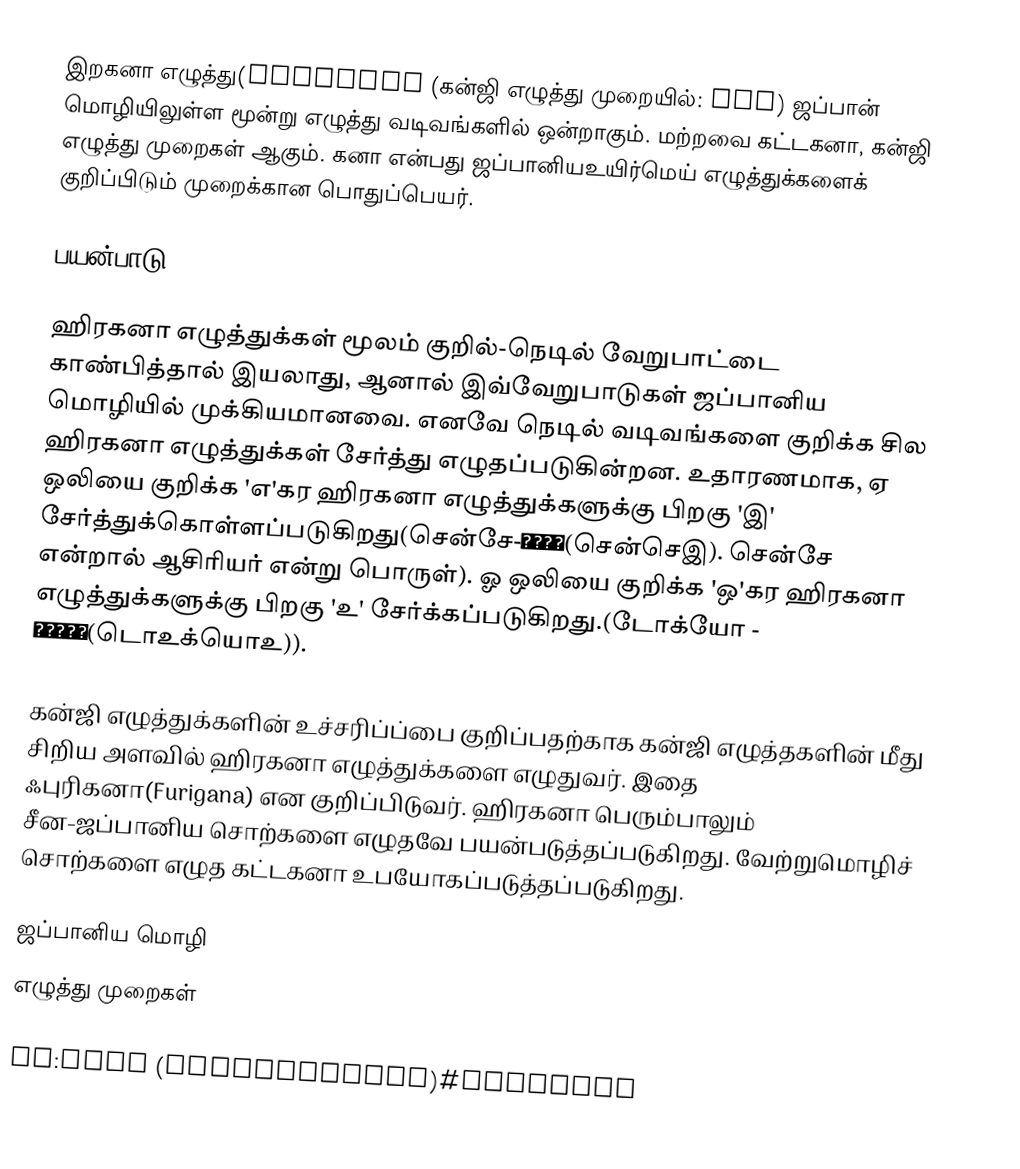
இறகனா எழுத்து(Hiragana (கன்ஜி எழுத்து முறையில்: 平仮名) ஜப்பான் மொழியிலுள்ள மூன்று எழுத்து வடிவங்களில் ஒன்றாகும். மற்றவை கட்டகனா, கன்ஜி எழுத்து முறைகள் ஆகும். கனா என்பது ஜப்பானியஉயிர்மெய் எழுத்துக்களைக் குறிப்பிடும் முறைக்கான பொதுப்பெயர்.

பயன்பாடு

ஹிரகனா எழுத்துக்கள் மூலம் குறில்-நெடில் வேறுபாட்டை காண்பித்தால் இயலாது, ஆனால் இவ்வேறுபாடுகள் ஜப்பானிய மொழியில் முக்கியமானவை. எனவே நெடில் வடிவங்களை குறிக்க சில ஹிரகனா எழுத்துக்கள் சேர்த்து எழுதப்படுகின்றன. உதாரணமாக, ஏ ஒலியை  குறிக்க 'எ'கர ஹிரகனா எழுத்துக்களுக்கு பிறகு 'இ' சேர்த்துக்கொள்ளப்படுகிறது(சென்சே-せんせい(சென்செஇ). சென்சே என்றால் ஆசிரியர் என்று பொருள்). ஓ ஒலியை குறிக்க 'ஒ'கர ஹிரகனா எழுத்துக்களுக்கு பிறகு 'உ' சேர்க்கப்படுகிறது.(டோக்யோ - とうきょう(டொஉக்யொஉ)).

கன்ஜி எழுத்துக்களின் உச்சரிப்ப்பை குறிப்பதற்காக கன்ஜி எழுத்தகளின் மீது சிறிய அளவில் ஹிரகனா எழுத்துக்களை எழுதுவர். இதை ஃபுரிகனா(Furigana) என குறிப்பிடுவர். ஹிரகனா பெரும்பாலும் சீன-ஜப்பானிய சொற்களை எழுதவே பயன்படுத்தப்படுகிறது. வேற்றுமொழிச் சொற்களை எழுத கட்டகனா உபயோகப்படுத்தப்படுகிறது.

ஜப்பானிய மொழி
எழுத்து முறைகள்

sv:Kana (skriftsystem)#Hiragana